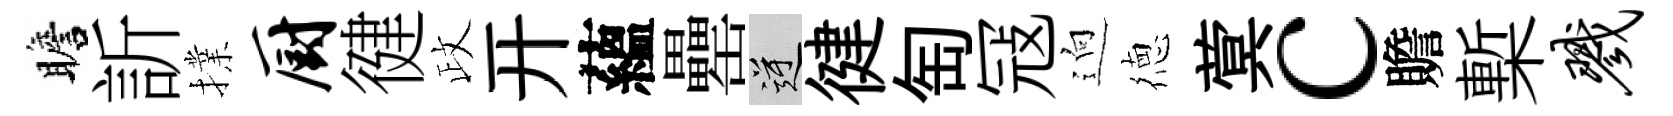
瞻訢擈厨徤政开蘊罍逆徤匋冦逈徳蓂c贍槧戮